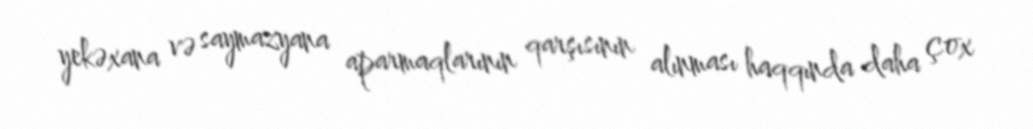
yekəxana və saymazyana aparmaqlarının qarşısının alınması haqqında daha çox